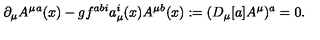
\partial _ { \mu } A ^ { \mu } { } ^ { a } ( x ) - g f ^ { a b i } a _ { \mu } ^ { i } ( x ) A ^ { \mu } { } ^ { b } ( x ) : = ( D _ { \mu } [ a ] A ^ { \mu } ) ^ { a } = 0 .